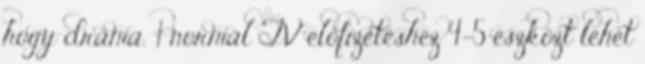
hogy dráma. '1 normál TV előfizetéshez 4-5 eszközt lehet